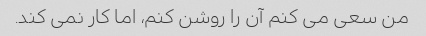
من سعی می کنم آن را روشن کنم، اما کار نمی کند.